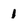
Character: 1